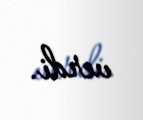
verdi.